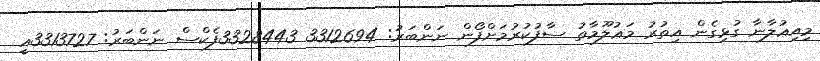
މިއިޢުލާނާ ގުޅިގެން އިތުރު މަޢުލޫމާތު ސާފުކުރުމަށްފޯން ނަންބަރު: 3312694 3328443ފެކްސް ނަންބަރު: 3313727އީ